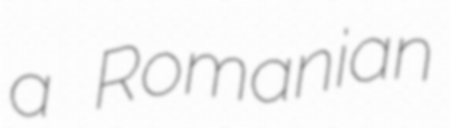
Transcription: a Romanian